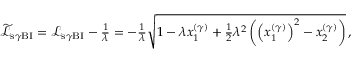
\begin{array} { r } { \widetilde { \mathcal { L } } _ { \mathrm { s } \gamma \mathrm { B I } } = \mathcal { L } _ { \mathrm { s } \gamma \mathrm { B I } } - \frac { 1 } { \lambda } = - \frac { 1 } { \lambda } \sqrt { 1 - \lambda x _ { 1 } ^ { ( \gamma ) } + \frac { 1 } { 2 } \lambda ^ { 2 } \left( \left( x _ { 1 } ^ { ( \gamma ) } \right) ^ { 2 } - x _ { 2 } ^ { ( \gamma ) } \right) } \, , } \end{array}